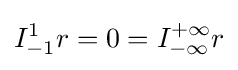
I_{-1}^{1}r=0=I_{-\infty }^{+\infty }r